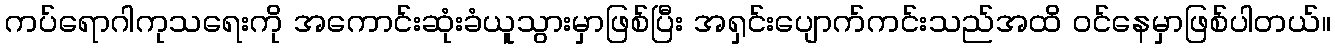
ကပ်ရောဂါကုသရေးကို အကောင်းဆုံးခံယူသွားမှာဖြစ်ပြီး အရှင်းပျောက်ကင်းသည်အထိ ဝင်နေမှာဖြစ်ပါတယ်။